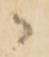
御